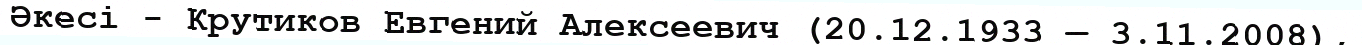
Әкесі - Крутиков Евгений Алексеевич (20.12.1933 — 3.11.2008),